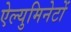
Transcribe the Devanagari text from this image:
ऐल्युमिनेटों